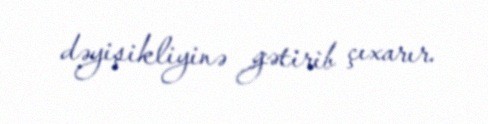
dəyişikliyinə gətirib çıxarır.